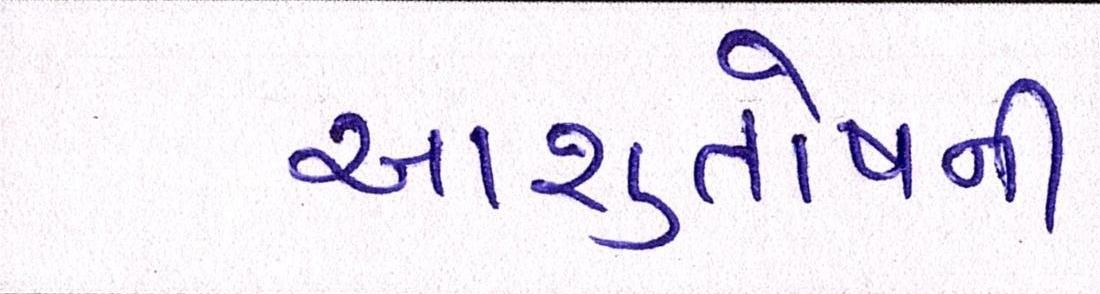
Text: આશુતોષની